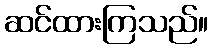
ဆင်ထားကြသည်။